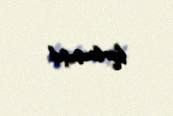
korlanmışdı.